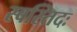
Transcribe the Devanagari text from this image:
स्वस्तिदः